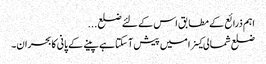
اہم ذرائع کے مطابق اس کے لئے ضلع ...
ضلع شمالی کینرا میں پیش آ سکتا ہے پینے کے پانی کابحران۔